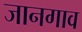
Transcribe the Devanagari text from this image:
जानगाव